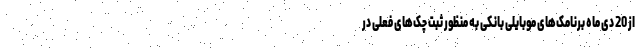
از 20 دی ماه برنامک‌های موبایلی بانکی به منظور ثبت چک‌های فعلی در